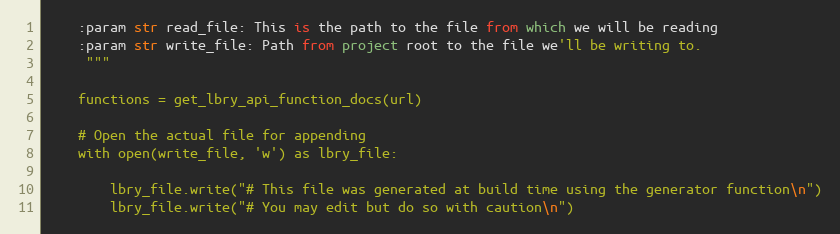
Language: Python
    :param str read_file: This is the path to the file from which we will be reading
    :param str write_file: Path from project root to the file we'll be writing to.
     """

    functions = get_lbry_api_function_docs(url)

    # Open the actual file for appending
    with open(write_file, 'w') as lbry_file:

        lbry_file.write("# This file was generated at build time using the generator function\n")
        lbry_file.write("# You may edit but do so with caution\n")